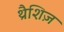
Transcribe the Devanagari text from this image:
थ्रैशिज़